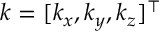
\boldsymbol { k } = [ k _ { x } , k _ { y } , k _ { z } ] ^ { \top }